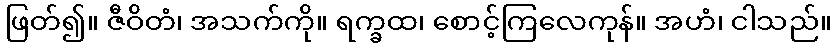
ဖြတ်၍။ ဇီဝိတံ၊ အသက်ကို။ ရက္ခထ၊ စောင့်ကြလေကုန်။ အဟံ၊ ငါသည်။